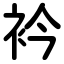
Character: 衿